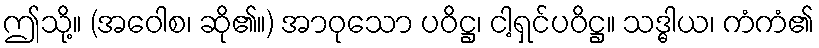
ဤသို့။ (အဝေါစ၊ ဆို၏။) အာဝုသော ပဝိဋ္ဌ၊ ငါ့ရှင်ပဝိဋ္ဌ။ သဒ္ဓါယ၊ ကံကံ၏